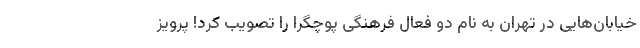
خیابان‌هایی در تهران به نام دو فعال فرهنگی پوچگرا را تصویب کرد! پرویز